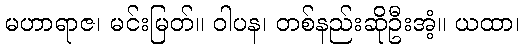
မဟာရာဇ၊ မင်းမြတ်။ ဝါပန၊ တစ်နည်းဆိုဦးအံ့။ ယထာ၊